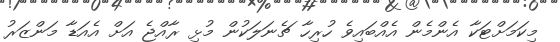
މިކަމަށްޓަކާ އެންމެން އެއްބައިވެ ހުރިހާ ޗެނަލަކުން މުޅި ރާއްޖެ އަށް އެއަޑާ މަންޒަރު